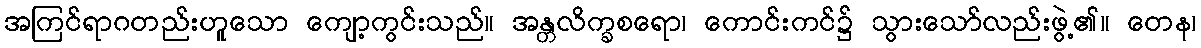
အကြင်ရာဂတည်းဟူသော ကျော့ကွင်းသည်။ အန္တလိက္ခစရော၊ ကောင်းကင်၌ သွားသော်လည်းဖွဲ့၏။ တေန၊